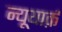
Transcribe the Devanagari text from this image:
न्यूयार्क़